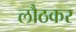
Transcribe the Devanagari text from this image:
लौठकर